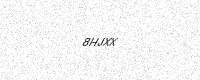
Text: 8HJXX